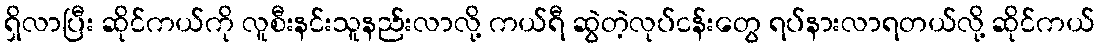
ရှိလာပြီး ဆိုင်ကယ်ကို လူစီးနင်းသူနည်းလာလို့ ကယ်ရီ ဆွဲတဲ့လုပ်ငန်းတွေ ရပ်နားလာရတယ်လို့ ဆိုင်ကယ်